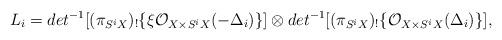
LaTeX: \begin{align*}L_{i}=det^{-1}[(\pi_{S^{i}X})_{!}\{\xi\mathcal{O}_{X\times S^{i}X}(-\Delta_{i})\}]\otimes det^{-1}[(\pi_{S^{i}X})_{!}\{\mathcal{O}_{X\times S^{i}X}(\Delta_{i})\}],\end{align*}